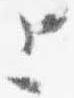
上